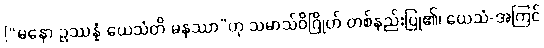
[“မနော ဥဿန္နံ ယေသံတိ မနုဿာ”ဟု သမာသ်ဝိဂြိုဟ် တစ်နည်းပြု၏၊ ယေသံ-အကြင်